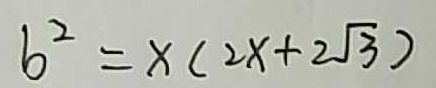
b ^ { 2 } = x ( 2 x + 2 \sqrt { 3 } )